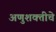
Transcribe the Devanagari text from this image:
अणुशक्तीचे